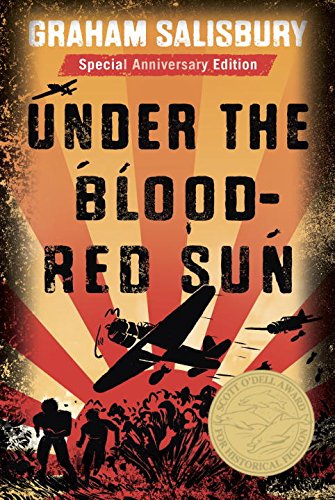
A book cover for Under the Blood-Red Sun (Prisoners of the Empire); Graham Salisbury; Teen & Young Adult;